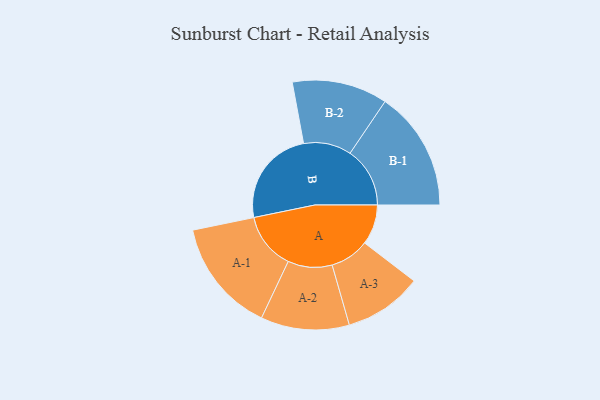
{"axis": {"x": "Segment", "y": "Value"}, "legend": ["", "A", "B"], "data": [{"x": "A", "y": 182, "type": ""}, {"x": "B", "y": 443, "type": ""}, {"x": "A-1", "y": 258, "type": "A"}, {"x": "A-2", "y": 201, "type": "A"}, {"x": "A-3", "y": 178, "type": "A"}, {"x": "B-1", "y": 272, "type": "B"}, {"x": "B-2", "y": 217, "type": "B"}]}